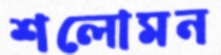
শলোমন